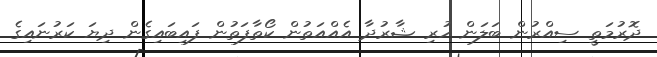
ދޮރުމަތީ ސިއްރުން ބަލަން ހުރި ޝާރުދާ އެއްއަތުން ކޯތާފަތުން ފައިބައިގެން ދިޔަ ކަރުނައިގެ